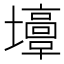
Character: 𡓣